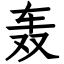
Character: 轰